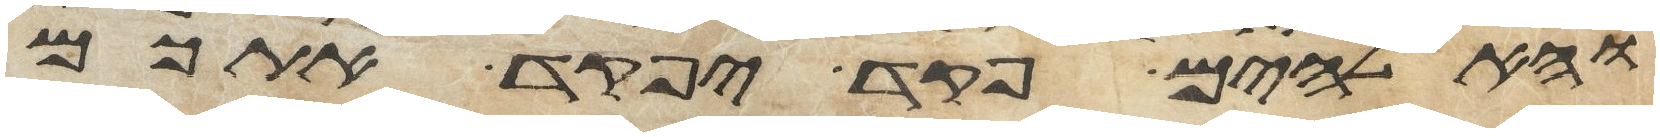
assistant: והאלהים פקד יפקד אתכם